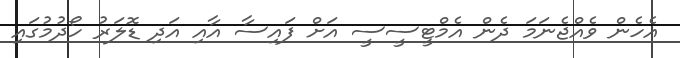
އެހެން ވެއްޖެނަމަ ދެން އެމްޓީސީސީ އަށް ފައިސާ އާއި އަދި ޑޮލަރު ހޯދުމުގައި